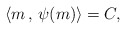
\begin{align*} \langle m\,,\,\psi(m)\rangle= C, \end{align*}